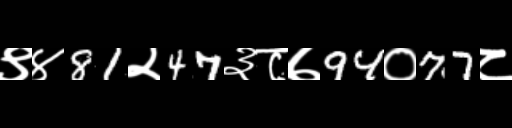
Text: ९४81२47३८७94०77८